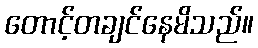
တောင့်တချင်နေမိသည်။